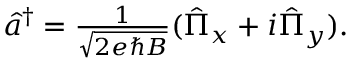
\begin{array} { r } { \hat { a } ^ { \dagger } = \frac { 1 } { \sqrt { 2 e \hbar B } } ( \hat { \Pi } _ { x } + i \hat { \Pi } _ { y } ) . } \end{array}